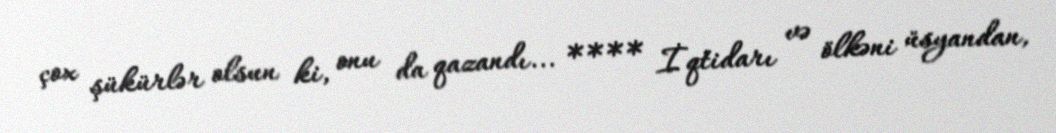
çox şükürlər olsun ki, onu da qazandı... **** İqtidarı və ölkəni üsyandan,